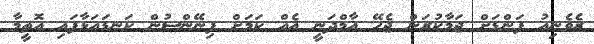
ރެވެނިއު ފަންޑަށް ޖަމާކުރަން ޖެހޭ އާމްދަނީ އެއް ކަމަށް ފިނޭންސުން ކަނޑައަޅާފައި އޮތީމާ